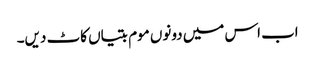
اب اس میں دونوں موم بتیاں کاٹ دیں۔